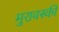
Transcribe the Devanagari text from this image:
मुरावस्की